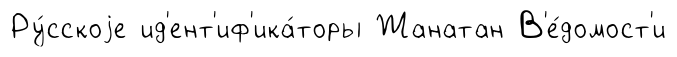
Ру́сскоjе ид'ент'иф'ика́торы Жанатан В'е́домост'и